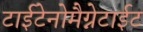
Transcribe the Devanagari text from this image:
टाईटेनोमैग्नेटाईट